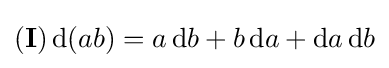
(\mathbf {I} )\,\mathrm {d} (ab)=a\,\mathrm {d} b+b\,\mathrm {d} a+\mathrm {d} a\,\mathrm {d} b